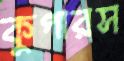
কুপারস